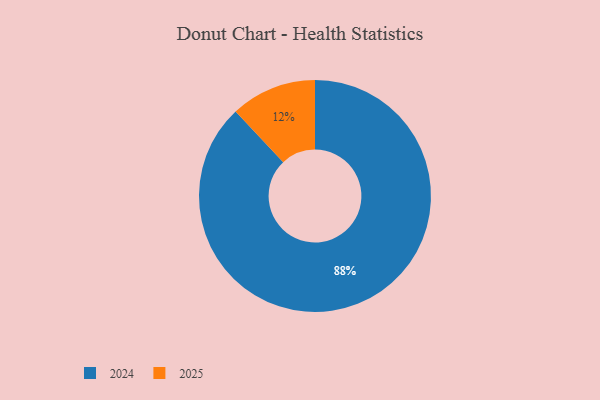
{"axis": {"x": "Category", "y": "Percentage"}, "legend": ["2024", "2025"], "data": [{"x": "2024", "y": 88, "type": "2024"}, {"x": "2025", "y": 12, "type": "2025"}]}